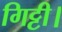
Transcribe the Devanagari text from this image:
गिट्टी।